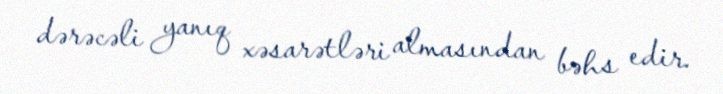
dərəcəli yanıq xəsarətləri almasından bəhs edir.